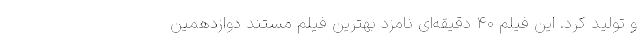
و تولید کرد. این فیلم ۴۰ دقیقه‌ای نامزد بهترین فیلم مستند دوازدهمین